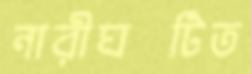
নারীঘটিত